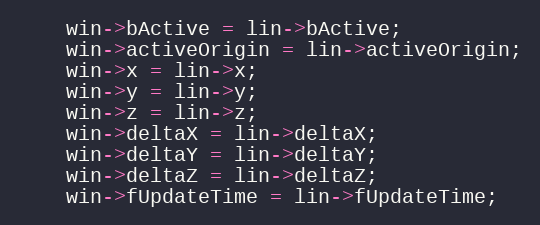
Language: C++
    win->bActive = lin->bActive;
    win->activeOrigin = lin->activeOrigin;
    win->x = lin->x;
    win->y = lin->y;
    win->z = lin->z;
    win->deltaX = lin->deltaX;
    win->deltaY = lin->deltaY;
    win->deltaZ = lin->deltaZ;
    win->fUpdateTime = lin->fUpdateTime;